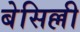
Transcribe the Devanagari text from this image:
बेसिल्ली